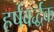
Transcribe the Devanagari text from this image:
हर्षवर्द्धक